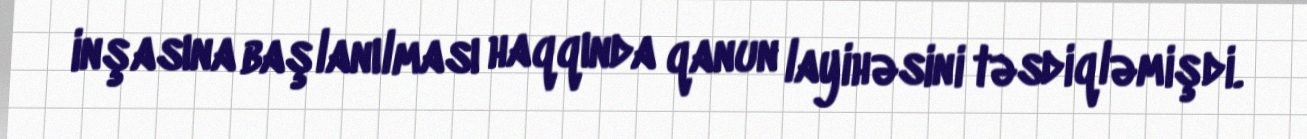
inşasına başlanılması haqqında qanun layihəsini təsdiqləmişdi.